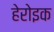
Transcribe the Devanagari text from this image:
हेरोइक